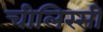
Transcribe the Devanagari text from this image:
चीलिस्सी